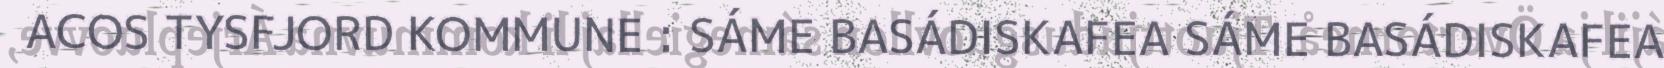
ACOS TYSFJORD KOMMUNE : SÁME BASÁDISKAFEA SÁME BASÁDISKAFEA